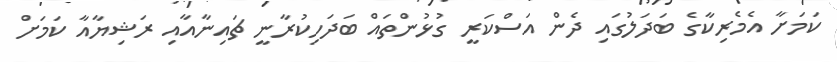
ކަމަށާ އެމެރިކާގެ ބަދަލުގައި ދެން އަސްކަރީ ގުޅުންތައް ބަދަހިކުރާނީ ޗައިނާއާއި ރަޝިޔާއާ ކަމަށް